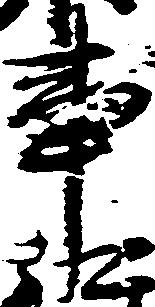
事